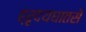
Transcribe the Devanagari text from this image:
ह्रृदयघातसे